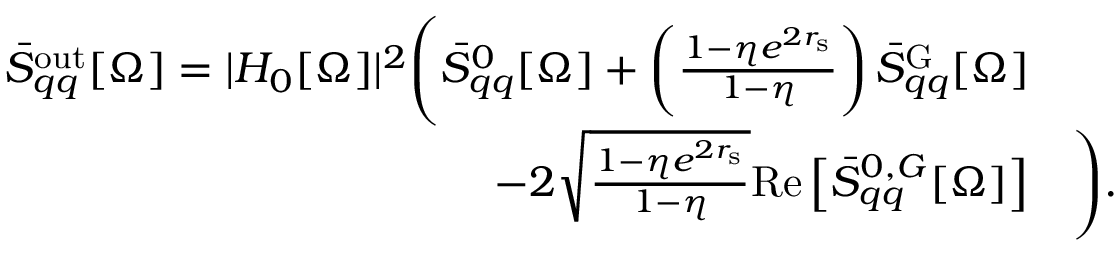
\begin{array} { r l } { \bar { S } _ { q q } ^ { \mathrm { o u t } } [ \Omega ] = | H _ { 0 } [ \Omega ] | ^ { 2 } \Bigg ( \bar { S } _ { q q } ^ { 0 } [ \Omega ] + \left( \frac { 1 - \eta e ^ { 2 r _ { \mathrm { s } } } } { 1 - \eta } \right) \bar { S } _ { q q } ^ { \mathrm { G } } [ \Omega ] } & { } \\ { - 2 \sqrt { \frac { 1 - \eta e ^ { 2 r _ { \mathrm { s } } } } { 1 - \eta } } \mathrm { R e } \left[ \bar { S } _ { q q } ^ { 0 , G } [ \Omega ] \right] } & { \Bigg ) . } \end{array}